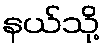
နယ်သို့